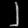
Digit: ၂